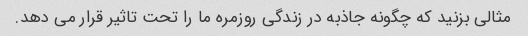
مثالی بزنید که چگونه جاذبه در زندگی روزمره ما را تحت تاثیر قرار می دهد.